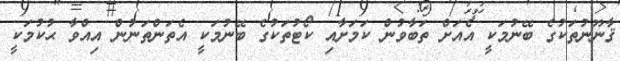
ޤާނޫނުތަކުގެ ބޭނުމަކީ އެއަށް ތަބާވުން ކަމަށާއި ކޯޓުތަކުގެ ބޭނުމަކީ އެތަންތަނުން އިއްވާ ޙުކުމަކީ